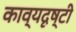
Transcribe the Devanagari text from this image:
काव्यदृष्टी